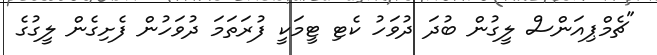
"ޗެމްޕިއަންސް ލީގުން ބުދަ ދުވަހު ކެޓި ޓީމަކީ ފުރަތަމަ ދުވަހުން ފެށިގެން ލީގުގެ